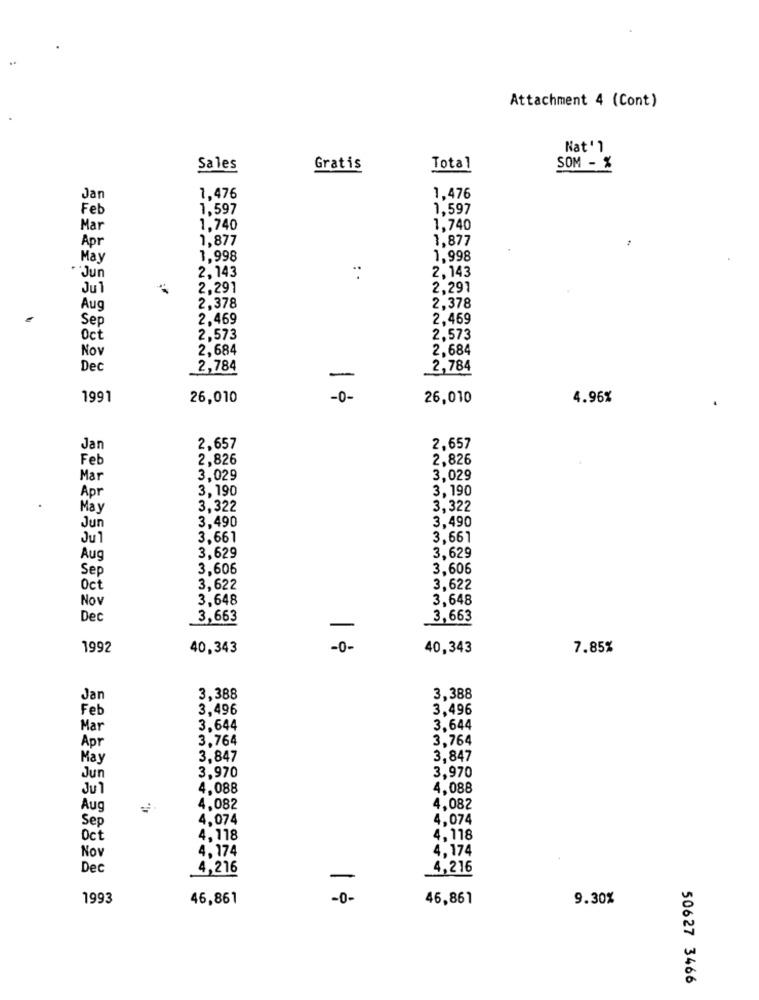
Attachment 4 (Cont)
Nat'l
Sales
Gratis
Total
SOM - %
Jan
1,476
1.476
Feb
1,597
1.597
Mar
1,740
1,740
Apr
1,877
1.877
May
1.998
1.998
2,143
"Jun
2,143
Jul
2,291
2.29
Aug
2,378
2,378
Sep
2.469
2.469
Oct
2,573
2,573
Nov
2.684
2.684
Dec
2,784
2,784
1991
26,010
-0-
26,010
4.96%
Jan
2,657
2,657
Feb
2,826
2,826
Mar
3,029
3.029
Apr
3,190
3,190
May
3.322
3,322
3,490
Jun
3,490
Ju 1
3,661
3,661
3,629
Aug
3,629
Sep
3,606
3,606
Oct
3,622
3,622
Nov
3.648
3,648
Dec
3,663
3,663
1992
40,343
-0-
40,343
7.85%
Jan
3,388
3,388
Feb
3.496
3,496
Mar
3,644
3,644
Apr
3,764
3.764
May
3,847
3,847
Jun
3,970
3,970
Ju 1
4,088
4.088
Aug
4,082
4,082
Sep
4.074
4,074
Oct
4.118
4,118
Nov
4,174
4,174
Dec
4,216
4,216
1993
46,861
- 0 -
46,861
9.30%
50627 3466